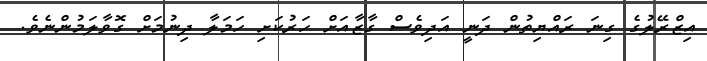
އިޒްރޭލުގެ ގިނަ ރައްޔިތުން ދަނީ އަދިވެސް ގާޒާއަށް ހަރުކަށި ހަމަލާ ދިނުމަށް ގޮވާލަމުންނެވެ.